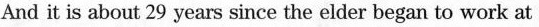
And it is about 29 years since the elder began to work at